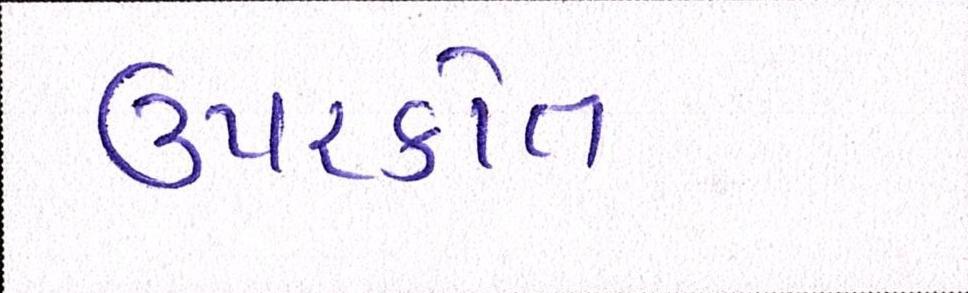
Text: ઉપરકોત